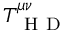
T _ { \mathrm { ~ H ~ D ~ } } ^ { \mu \nu }